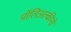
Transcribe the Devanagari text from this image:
पॉलिअल्कीनों